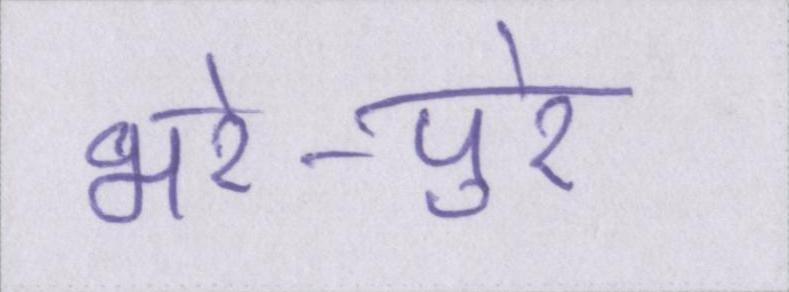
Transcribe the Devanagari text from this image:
भरे-पुरे